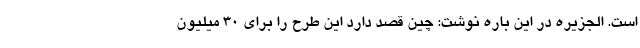
است. الجزیره در این باره نوشت: چین قصد دارد این طرح را برای 30 میلیون